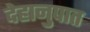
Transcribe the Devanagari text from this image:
देहानुपात